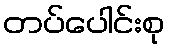
တပ်ပေါင်းစု